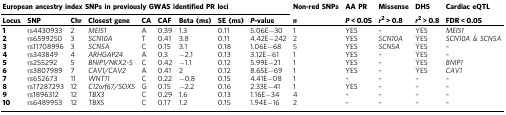
<table><thead><tr><td colspan="9"><b>European ancestry index SNPs in previously GWAS identified PR loci</b></td><td><b>Non-red SNPs</b></td><td><b>AA PR</b></td><td><b>Missense</b></td><td><b>DHS</b></td><td><b>Cardiac eQTL</b></td></tr><tr><td><b>Locus</b></td><td><b>SNP</b></td><td><b>Chr</b></td><td><b>Closest gene</b></td><td><b>CA</b></td><td><b>CAF</b></td><td><b>Beta (ms)</b></td><td><b>SE (ms)</b></td><td><b><i>P</i>-value</b></td><td><b><i>n</i></b></td><td><b><i>P</i> &lt; 0.05</b></td><td><b><i>r</i><sup>2</sup> &gt; 0.8</b></td><td><b><i>r</i><sup>2</sup> &gt; 0.8</b></td><td><b>FDR &lt; 0.05</b></td></tr></thead><tbody><tr><td><b>1</b></td><td>rs4430933</td><td>2</td><td><i>MEIS1</i></td><td>A</td><td>0.39</td><td>1.3</td><td>0.11</td><td>5.06E−30</td><td>1</td><td>YES</td><td>–</td><td>YES</td><td><i>MEIS1</i></td></tr><tr><td><b>2</b></td><td>rs6599250</td><td>3</td><td><i>SCN10A</i></td><td>T</td><td>0.41</td><td>3.8</td><td>0.11</td><td>4.42E−242</td><td>2</td><td>YES</td><td><i>SCN10A</i></td><td>YES</td><td><i>SCN10A &amp; SCN5A</i></td></tr><tr><td><b>3</b></td><td>rs11708996</td><td>3</td><td><i>SCN5A</i></td><td>C</td><td>0.15</td><td>3.1</td><td>0.18</td><td>1.06E−68</td><td>5</td><td>YES</td><td><i>SCN5A</i></td><td>YES</td><td>–</td></tr><tr><td><b>4</b></td><td>rs343849</td><td>4</td><td><i>ARHGAP24</i></td><td>A</td><td>0.3</td><td>−2.1</td><td>0.13</td><td>3.12E−61</td><td>1</td><td>YES</td><td>–</td><td>YES</td><td>–</td></tr><tr><td><b>5</b></td><td>rs255292</td><td>5</td><td><i>BNIP1/NKX2-5</i></td><td>C</td><td>0.42</td><td>−1.1</td><td>0.12</td><td>5.99E−21</td><td>1</td><td>YES</td><td>–</td><td>YES</td><td><i>BNIP1</i></td></tr><tr><td><b>6</b></td><td>rs3807989</td><td>7</td><td><i>CAV1/CAV2</i></td><td>A</td><td>0.41</td><td>2</td><td>0.12</td><td>8.65E−69</td><td>1</td><td>YES</td><td>–</td><td>YES</td><td><i>CAV1</i></td></tr><tr><td><b>7</b></td><td>rs652673</td><td>11</td><td><i>WNT11</i></td><td>C</td><td>0.22</td><td>−0.8</td><td>0.15</td><td>4.41E−08</td><td>1</td><td>–</td><td>–</td><td>–</td><td>–</td></tr><tr><td><b>8</b></td><td>rs17287293</td><td>12</td><td><i>C12orf67/SOX5</i></td><td>G</td><td>0.15</td><td>−2.2</td><td>0.16</td><td>2.33E−41</td><td>1</td><td>YES</td><td>–</td><td>–</td><td>–</td></tr><tr><td><b>9</b></td><td>rs1896312</td><td>12</td><td><i>TBX3</i></td><td>C</td><td>0.29</td><td>1.6</td><td>0.13</td><td>1.16E−34</td><td>4</td><td>–</td><td>–</td><td>–</td><td>–</td></tr><tr><td><b>10</b></td><td>rs6489953</td><td>12</td><td><i>TBX5</i></td><td>C</td><td>0.17</td><td>1.2</td><td>0.15</td><td>1.94E−16</td><td>2</td><td>–</td><td>–</td><td>–</td><td>–</td></tr></tbody></table>